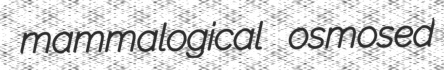
mammalogical osmosed